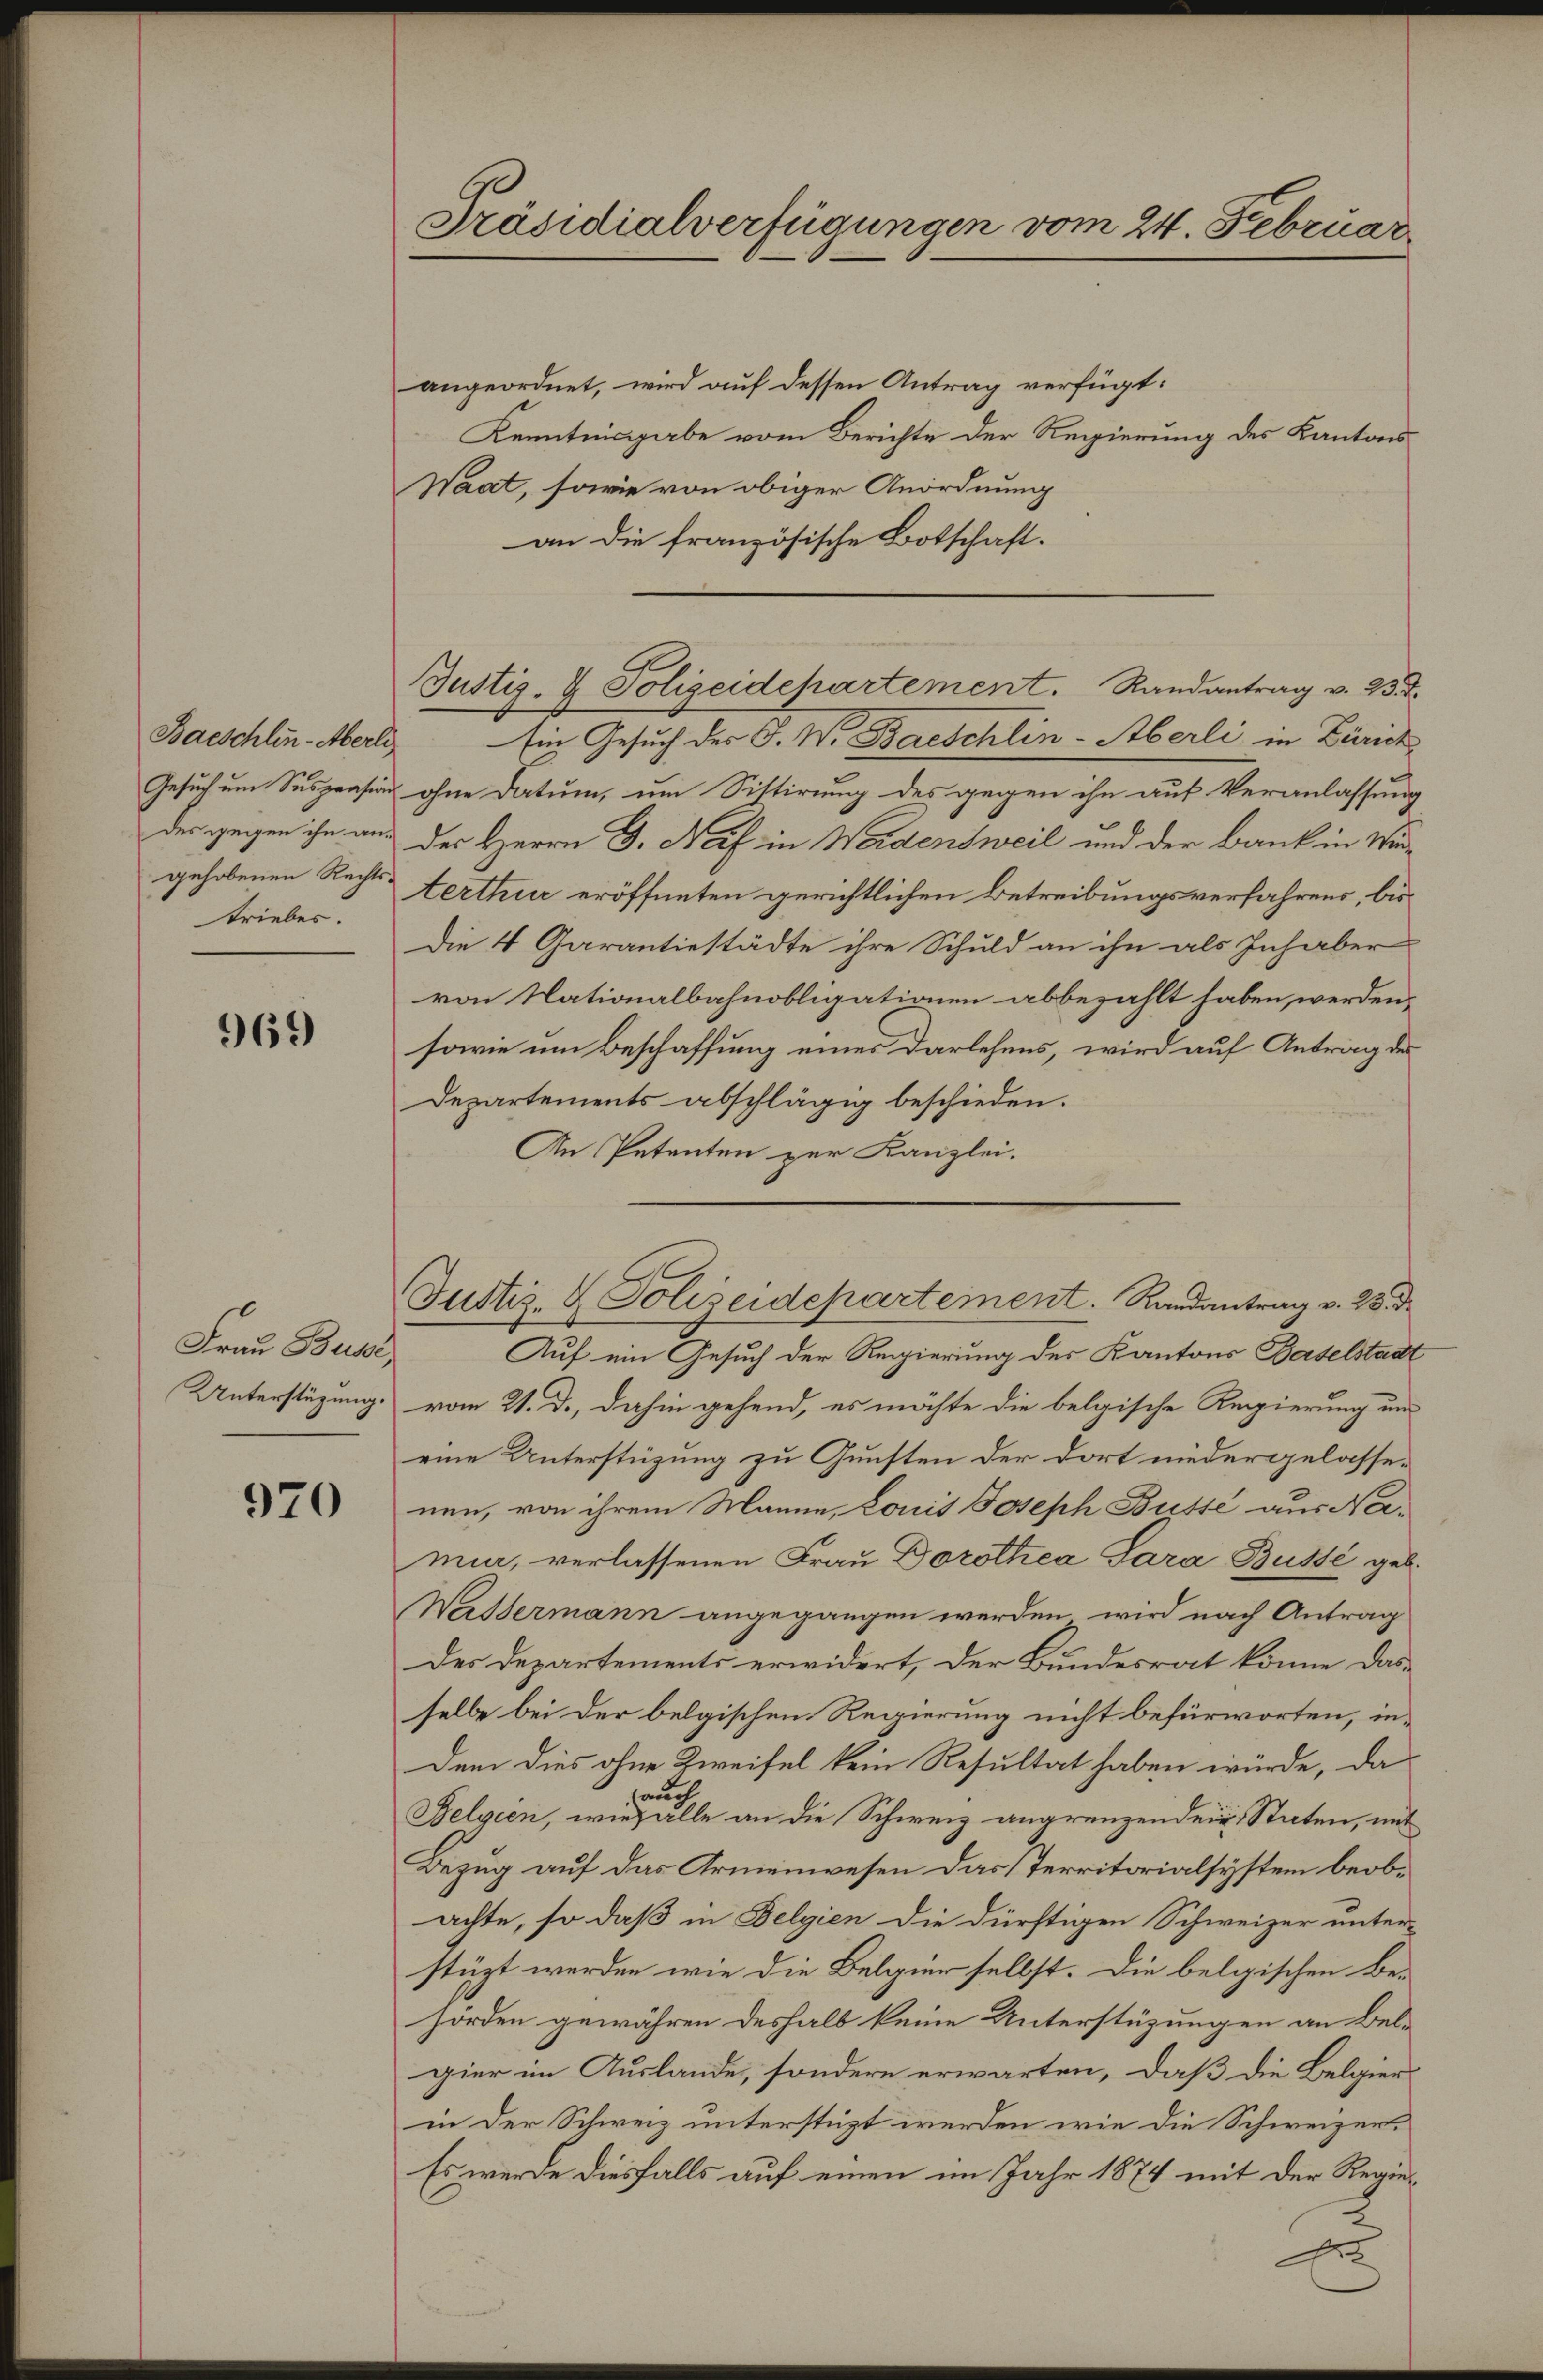
Baeschlin - Aberli
Gesuch um Suspension
des gegen ihn an.
gehobenen Rechts-
triebes.

969

Frau Busse
Unterstüzung.

970

Präsidialverfügungen vom 24. Februar,

Justiz- & Polizeidepartement. Randantrag v. 23. J.

angeordnet, wird auf dessen Antrag verfügt:
Kenntnisgabe vom Berichte der Regierung des Kantons
Waat, sowie von obiger Anordnung
an die französische Botschaft.
Ein Gesuch des F. W. Baeschlin - Aberli in Zürich
ohne Datum, um Sistirung des gegen ihn auf Veranlassung
des Herrn G. Näf in Wadensweil und der Bank in Wir-
terthur eröffneten gerichtlichen Betreibungsverfahrens, bis¬
Die 4 Garantiestädte ihre Schuld an ihn als Inhaber
von Nationalbahnobligationen abbezahlt haben werden,
sowie um Beschaffung eines Darlehens, wird auf Antrag des
Departements abschlägig beschieden.
An Petenten zur Kanzlei.
Auf ein Gesuch der Regierung des Kantons Baselstadt
vom 21. d., dahin gehend, es möchte die belgische Regierung um
eine Unterstüzung zu Gunsten der dort niedergelassenen, von ihrem Manne, konis Joseph Busse aus Namie, verlassenen Frau Dorothea Sara Busse geb.
Wastermann angegangen werden wird nach Antrag
Des Departements erwidert, der Bundesrat könne das
selbe bei der belgischen Regierung nicht befürworten, in¬
Dem dies ohne Zweifel kein Resultat haben würde, da
auch
Belgien, wie alle an die Schweiz angrenzenden Staten, mit
Bezug auf das Armenwesen das Territorialsystem beobachte, so daß in Belgien die dürftigen Schweizer unter-
stüzt werden wie die Belgier selbst. Die belgischen Be-
hörden gewähren deshalb keine Unterstüzungen an Belgier im Auslande, sondern erwarten, daß die Belgierin der Schweiz unterstüzt werden, wie die Schweizer¬
Es werde diesfalls auf einen im Jahr 1874 mit der Regie¬
2
A

Justiz- & Polizeidepartement. Randantrag v. 23. d.